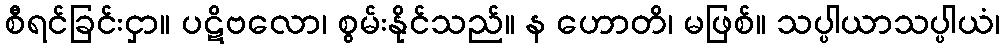
စီရင်ခြင်းငှာ။ ပဋိဗလော၊ စွမ်းနိုင်သည်။ န ဟောတိ၊ မဖြစ်။ သပ္ပါယာသပ္ပါယံ၊